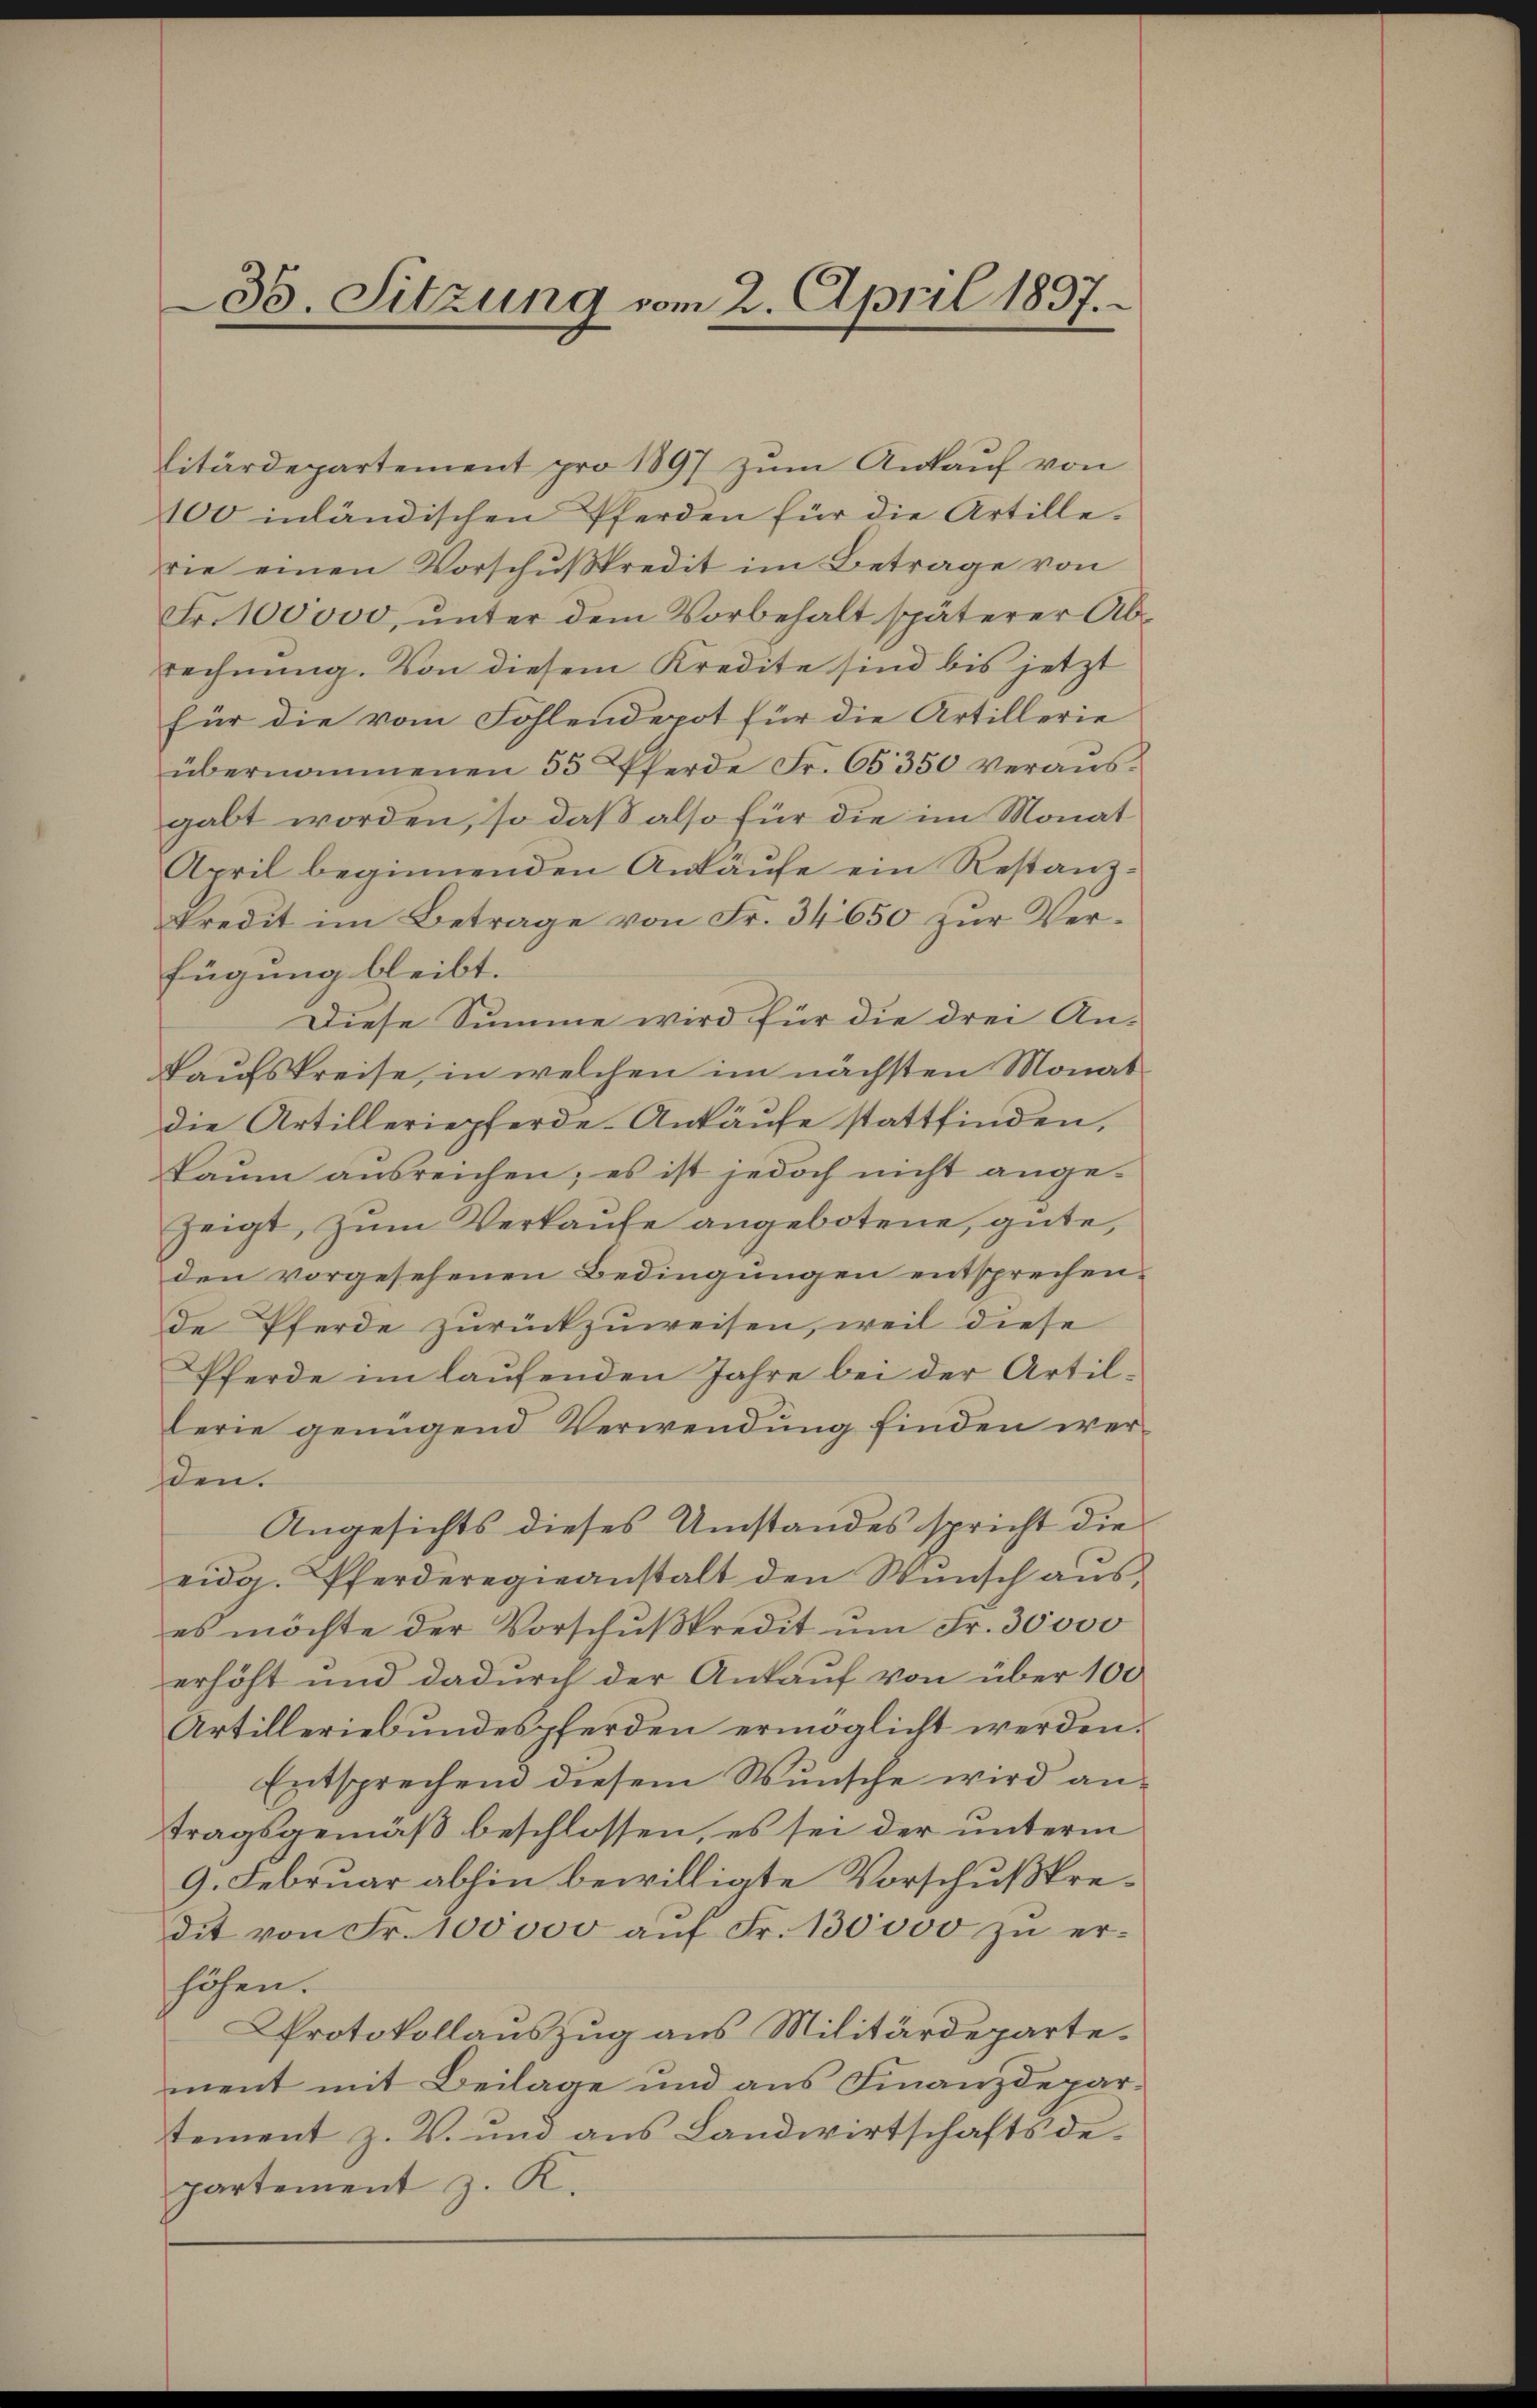
litärdepartement pro 1897 zum Ankauf von
100 inländischen Pferden für die Artille.
rie einen Vorschußkredit im Betrage von
Fr. 100000, ŭnter dem Vorbehalt späterer Ab-
rechnung. Von diesem Kredite sind bis jetzt
für die vom Fohlendepot für die Artillerie
übernommenen 55 Pferde Fr. 65350 verans-
gabt worden, so daß also für die im Monat
April beginnenden Ankaŭfe ein Restanzkredit im Betrage von Fr. 34650 zur Verfügung bleibt.
Diese Summe wird für die drei An-
Kaufskreise, in welchen im nächsten Monatdie Artilleriepferde-Ankäufe stattfinden,
kaŭm ausreichen; es ist jedoch nicht ange-
zeigt, zum Verkaufe angebotene, gute,
den vorgesehenen Bedingungen entsprechen.
de Pferde zurückzuweisen, weil diese
Pferde im laufenden Jahre bei der Artillerie genügend Verwendung finden werden.
Angesichts dieses Umstandes spricht die
eidg. Pferderegieanstalt den Wünsch aus,
es möchte der Vorschŭβkredit ŭm Fr. 30000
erhöht und dadurch der Ankauf von über 100
Artilleriebundespferden ermöglicht werden.
Entsprechend diesem Wunsche wird antragsgemäß beschlossen, es sei der unterm
9. Februar abhin bewilligte Vorschußpredit von Fr. 100000 auf Fr. 130000 zu erhöhen.
Protokollauszug aus Militärdeparte.
ment mit Beilage und aus Finanzdeparstement z. V. und aŭs Landwirtschaftsde-
partement z. K.

35. Sitzung vom 2. April 1897.